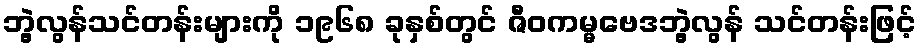
ဘွဲ့လွန်သင်တန်းများကို ၁၉၆၈ ခုနှစ်တွင် ဇီဝကမ္မဗေဒဘွဲ့လွန် သင်တန်းဖြင့်